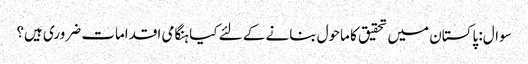
سوال: پاکستان میں تحقیق کا ماحول بنانے کے لئے کیا ہنگامی اقدامات ضروری ہیں؟